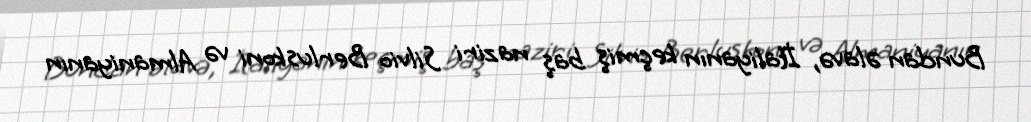
Bundan əlavə, İtaliyanın keçmiş baş naziri Silvio Berluskoni və Almaniyanın